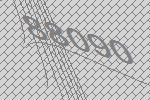
88090